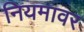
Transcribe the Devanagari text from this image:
नियमावर